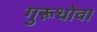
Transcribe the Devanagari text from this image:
गुरूधोवा